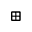
\boxplus